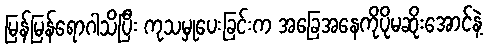
မြန်မြန်ရောဂါသိပြီး ကုသမှုပေးခြင်းက အခြေအနေကိုပိုမဆိုးအောင်နဲ့